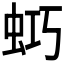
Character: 𧊌